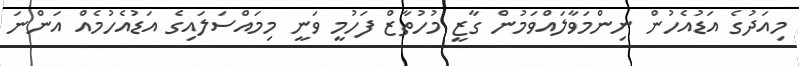
މިއަދުގެ އަޑުއެހުން ނިންމަވާލައްވަމުން ގާޒީ މުހުތާޒް ފަހުމީ ވަނީ މިމައްސަލައިގެ އަޑުއެހުމެއް އަންނަ